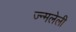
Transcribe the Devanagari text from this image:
ज्न्मलेली